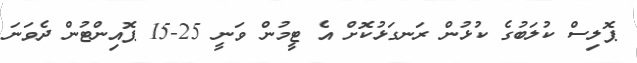
ޕޮލިސް ކުލަބުގެ ކުޅުން ރަނގަޅުކޮށް އެ ޓީމުން ވަނީ 25-15 ޕޮއިންޓުން ދެވަނަ